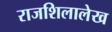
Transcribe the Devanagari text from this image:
राजशिलालेख